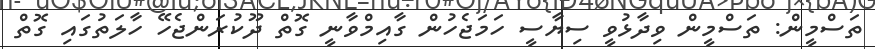
ތަސްމީން: ތަސްމީން ވިދާޅުވީ ސިޔާސީ ހަމަޖެހުން ގާއިމްވާނީ ގޮތް ދޫކުރަންޖެހޭ ހާލަތުގައި ގޮތް